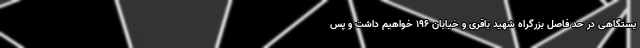
یستگاهی در حد فاصل بزرگراه شهید باقری و خیابان ۱۹۶ خواهیم داشت و پس